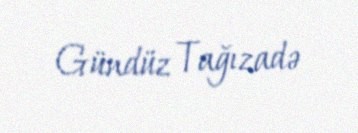
Gündüz Tağızadə